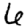
Digit: 6